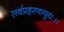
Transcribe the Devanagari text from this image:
सर्वप्रहरणायुधः।।